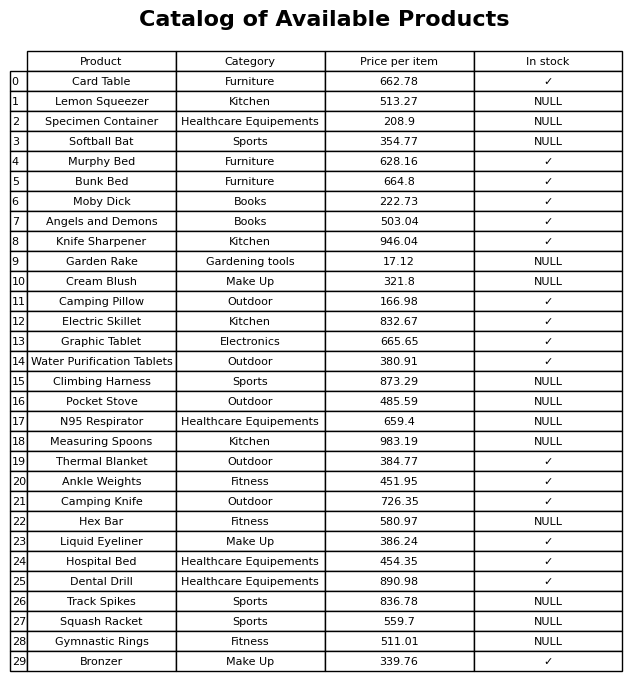
question: What is the price of the Pocket Stove?
answer: The price of Pocket Stove is 485.59.